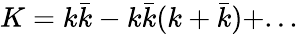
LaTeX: K=k\bar{k}-k\bar{k}(k+\bar{k})+...